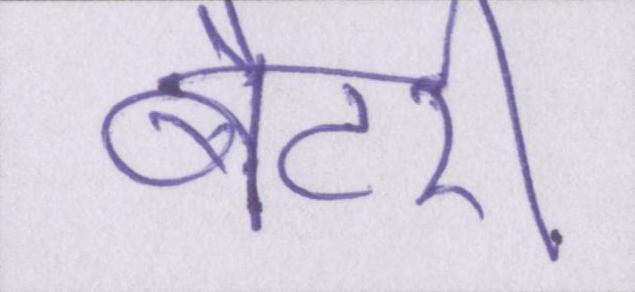
बैटरी